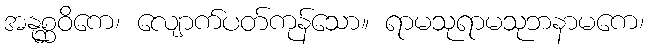
အနုစ္ဆဝိကေ၊ လျောက်ပတ်ကုန်သော။ ရာမသုရာမသုဘနာမကေ၊